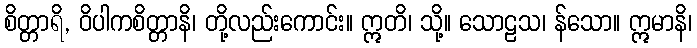
စိတ္တာရိ, ဝိပါကစိတ္တာနိ၊ တို့လည်းကောင်း။ ဣတိ၊ သို့။ သောဠသ၊ န်သော။ ဣမာနိ၊